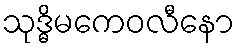
သုဒ္ဓိမကေဝလီနော